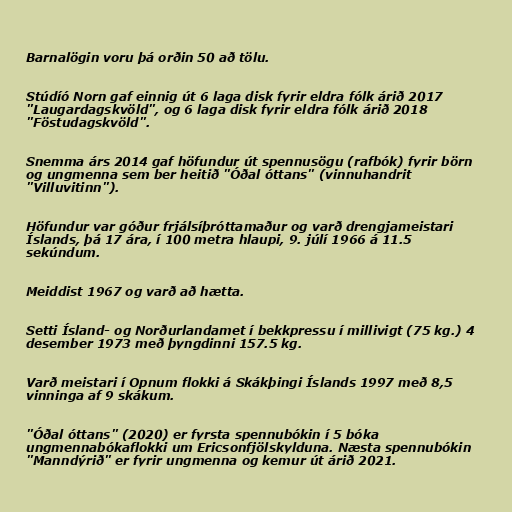
Barnalögin voru þá orðin 50 að tölu.

Stúdíó Norn gaf einnig út 6 laga disk fyrir eldra fólk árið 2017
"Laugardagskvöld", og 6 laga disk fyrir eldra fólk árið 2018
"Föstudagskvöld".

Snemma árs 2014 gaf höfundur út spennusögu (rafbók) fyrir börn
og ungmenna sem ber heitið "Óðal óttans" (vinnuhandrit
"Villuvitinn").

Höfundur var góður frjálsíþróttamaður og varð drengjameistari
Íslands, þá 17 ára, í 100 metra hlaupi, 9. júlí 1966 á 11.5
sekúndum.

Meiddist 1967 og varð að hætta.

Setti Ísland- og Norðurlandamet í bekkpressu í millivigt (75 kg.) 4
desember 1973 með þyngdinni 157.5 kg.

Varð meistari í Opnum flokki á Skákþingi Íslands 1997 með 8,5
vinninga af 9 skákum.

"Óðal óttans" (2020) er fyrsta spennubókin í 5 bóka
ungmennabókaflokki um Ericsonfjölskylduna. Næsta spennubókin
"Manndýrið" er fyrir ungmenna og kemur út árið 2021.